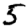
Digit: 5